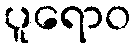
ပူရောဝ